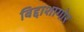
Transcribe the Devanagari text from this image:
बिद्दाशागोर